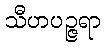
သီဟပဉ္ဇရာ